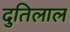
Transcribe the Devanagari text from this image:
दुतिलाल